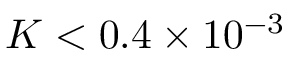
K < 0 . 4 \times 1 0 ^ { - 3 }